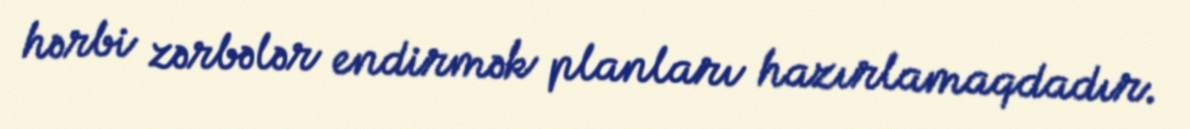
hərbi zərbələr endirmək planları hazırlamaqdadır.